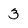
Character: 3